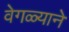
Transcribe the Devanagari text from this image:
वेगळ्याने